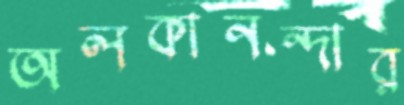
অলকানন্দার